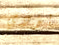
يؤدي